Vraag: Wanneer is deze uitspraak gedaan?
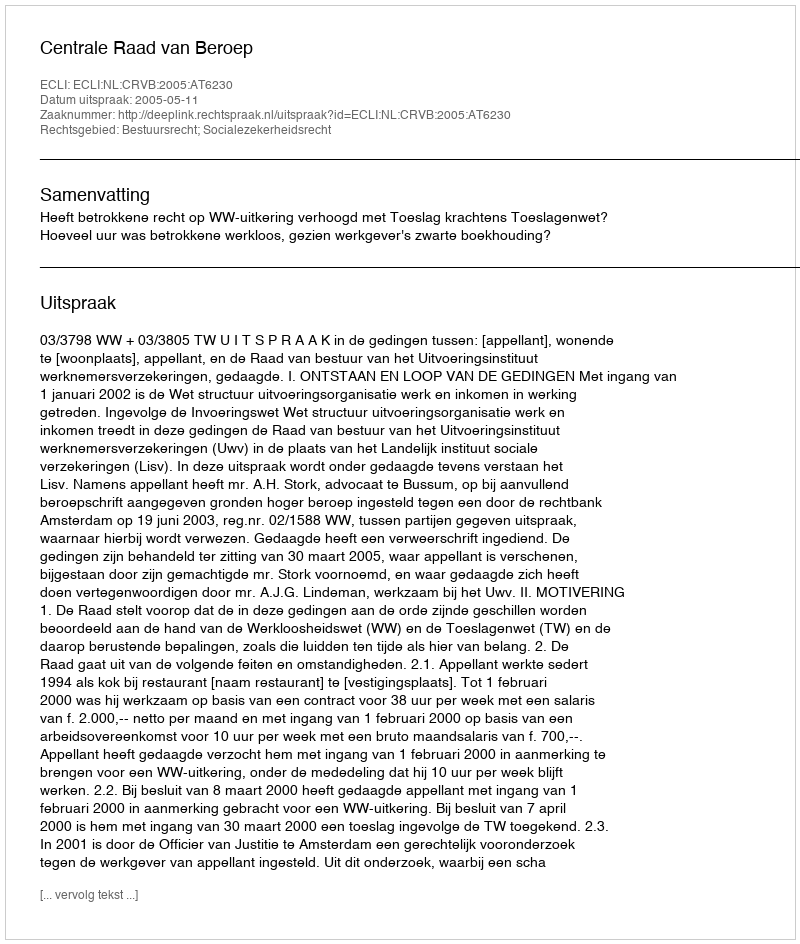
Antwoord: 2005-05-11